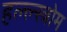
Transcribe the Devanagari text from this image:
हल्ल्स्त्रोम